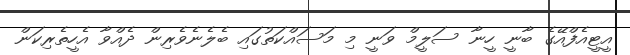
އީޓީއެފްއޭގެ ބާނީ ހީނާ ސަލީމް ވަނީ މި މަސައްކަތުގައި ބެލެނެވެރިން ދެއްވާ އެހީތެރިކަން